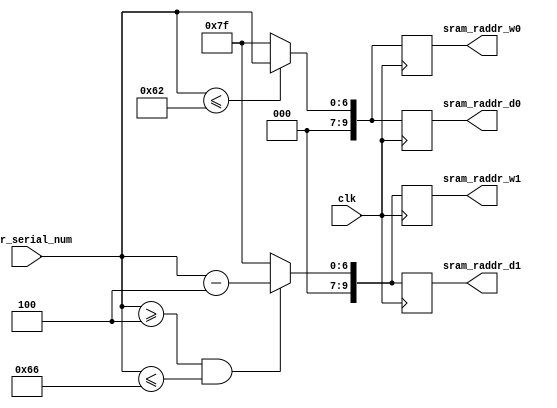
// This program was cloned from: https://github.com/abdelazeem201/Systolic-array-implementation-in-RTL-for-TPU
// License: MIT License

//-------do the address select for 32 queue, each queue size 32+32-1---


module addr_sel
(
	input clk,
	input [6:0] addr_serial_num,							//max = 126, setting all of the addr127 = 0
	
	//sel for w0~w7
	output reg [9:0] sram_raddr_w0,			//queue 0~3
	output reg [9:0] sram_raddr_w1,			//queue 4~7

	//sel for d0~d7
	output reg [9:0] sram_raddr_d0,
	output reg [9:0] sram_raddr_d1
);

wire [9:0] sram_raddr_w0_nx;			//queue 0~3
wire [9:0] sram_raddr_w1_nx;			//queue 4~7

//sel for d0~d7
wire [9:0] sram_raddr_d0_nx;
wire [9:0] sram_raddr_d1_nx;

always@(posedge clk) begin				//fit in output flip-flop
	sram_raddr_w0 <= sram_raddr_w0_nx;
	sram_raddr_w1 <= sram_raddr_w1_nx;

	sram_raddr_d0 <= sram_raddr_d0_nx;
	sram_raddr_d1 <= sram_raddr_d1_nx;
end

assign sram_raddr_w0_nx = (addr_serial_num<=98)? { {3{1'd0}} , addr_serial_num} : 127;
assign sram_raddr_w1_nx = (addr_serial_num>=4 && addr_serial_num<=102)? { {3{1'd0}} , addr_serial_num-7'd4} : 127;

assign sram_raddr_d0_nx = (addr_serial_num<=98)? { {3{1'd0}} , addr_serial_num} : 127;
assign sram_raddr_d1_nx = (addr_serial_num>=4 && addr_serial_num<=102)? { {3{1'd0}} , addr_serial_num-7'd4} : 127;


endmodule